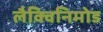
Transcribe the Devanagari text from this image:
लैक्विनिमोड